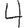
Digit: 4